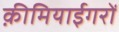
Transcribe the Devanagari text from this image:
क़ीमियाईगरों